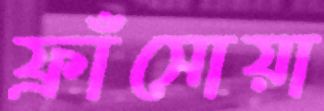
ফ্রাঁসোয়া